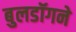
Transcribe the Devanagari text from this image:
बुलडॉगने